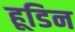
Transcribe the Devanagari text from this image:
हूडिन